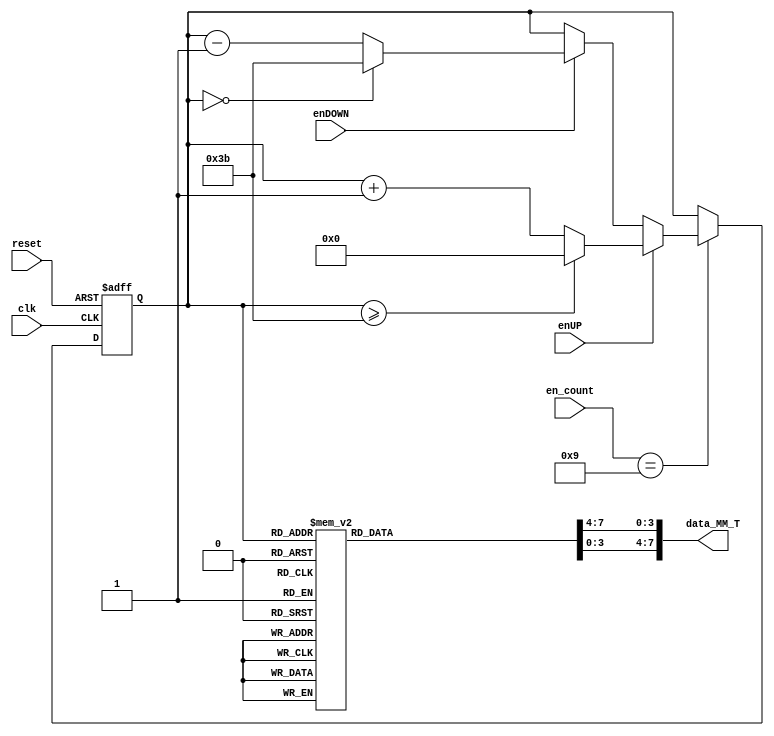
`timescale 1ns / 1ps
//////////////////////////////////////////////////////////////////////////////////
// Company: 
// 
// Design Name: 
// Module Name:    contador_AD_MM_T_2dig 
// Project Name: 
// Target Devices: 
// Tool versions: 
// Description: 
//
// Dependencies: 
//
// Revision: 
// Revision 0.01 - File Created
// Additional Comments: 
//
//////////////////////////////////////////////////////////////////////////////////
module contador_AD_MM_T_2dig
(
input wire clk,
input wire reset,
input wire [3:0] en_count,
input wire enUP,
input wire enDOWN,
output wire [7:0] data_MM_T
);
localparam N = 6; // Para definir el nmero de bits del contador (hasta 59->6 bits)
//Declaracin de seales
reg [N-1:0] q_act, q_next;
wire [N-1:0] count_data;
reg [3:0] digit1, digit0;

//Descripcin del comportamiento
always@(posedge clk, posedge reset)
begin	
	
	if(reset)
	begin
		q_act <= 6'b0;
	end
	
	else
	begin
		q_act <= q_next;
	end
end


//Lgica de salida

always@*
begin

	if (en_count == 9)
	begin
		if (enUP)
		begin
			if (q_act >= 6'd59) q_next = 6'd0;
			else q_next = q_act + 6'd1;
		end
		
		else if (enDOWN)
		begin
			if (q_act == 6'd0) q_next = 6'd59;
			else q_next = q_act - 6'd1;
		end
		else q_next = q_act;
	end
	else q_next = q_act;
	
end

assign count_data = q_act;

//Decodificacin BCD (2 dgitos)

always@*
begin
case(count_data)
6'd0: begin digit1 = 4'b0000; digit0 = 4'b0000; end
6'd1: begin digit1 = 4'b0000; digit0 = 4'b0001; end
6'd2: begin digit1 = 4'b0000; digit0 = 4'b0010; end
6'd3: begin digit1 = 4'b0000; digit0 = 4'b0011; end
6'd4: begin digit1 = 4'b0000; digit0 = 4'b0100; end
6'd5: begin digit1 = 4'b0000; digit0 = 4'b0101; end
6'd6: begin digit1 = 4'b0000; digit0 = 4'b0110; end
6'd7: begin digit1 = 4'b0000; digit0 = 4'b0111; end
6'd8: begin digit1 = 4'b0000; digit0 = 4'b1000; end
6'd9: begin digit1 = 4'b0000; digit0 = 4'b1001; end

6'd10: begin digit1 = 4'b0001; digit0 = 4'b0000; end
6'd11: begin digit1 = 4'b0001; digit0 = 4'b0001; end
6'd12: begin digit1 = 4'b0001; digit0 = 4'b0010; end
6'd13: begin digit1 = 4'b0001; digit0 = 4'b0011; end
6'd14: begin digit1 = 4'b0001; digit0 = 4'b0100; end
6'd15: begin digit1 = 4'b0001; digit0 = 4'b0101; end
6'd16: begin digit1 = 4'b0001; digit0 = 4'b0110; end
6'd17: begin digit1 = 4'b0001; digit0 = 4'b0111; end
6'd18: begin digit1 = 4'b0001; digit0 = 4'b1000; end
6'd19: begin digit1 = 4'b0001; digit0 = 4'b1001; end

6'd20: begin digit1 = 4'b0010; digit0 = 4'b0000; end
6'd21: begin digit1 = 4'b0010; digit0 = 4'b0001; end
6'd22: begin digit1 = 4'b0010; digit0 = 4'b0010; end
6'd23: begin digit1 = 4'b0010; digit0 = 4'b0011; end
6'd24: begin digit1 = 4'b0010; digit0 = 4'b0100; end
6'd25: begin digit1 = 4'b0010; digit0 = 4'b0101; end
6'd26: begin digit1 = 4'b0010; digit0 = 4'b0110; end
6'd27: begin digit1 = 4'b0010; digit0 = 4'b0111; end
6'd28: begin digit1 = 4'b0010; digit0 = 4'b1000; end
6'd29: begin digit1 = 4'b0010; digit0 = 4'b1001; end

6'd30: begin digit1 = 4'b0011; digit0 = 4'b0000; end
6'd31: begin digit1 = 4'b0011; digit0 = 4'b0001; end
6'd32: begin digit1 = 4'b0011; digit0 = 4'b0010; end
6'd33: begin digit1 = 4'b0011; digit0 = 4'b0011; end
6'd34: begin digit1 = 4'b0011; digit0 = 4'b0100; end
6'd35: begin digit1 = 4'b0011; digit0 = 4'b0101; end
6'd36: begin digit1 = 4'b0011; digit0 = 4'b0110; end
6'd37: begin digit1 = 4'b0011; digit0 = 4'b0111; end
6'd38: begin digit1 = 4'b0011; digit0 = 4'b1000; end
6'd39: begin digit1 = 4'b0011; digit0 = 4'b1001; end

6'd40: begin digit1 = 4'b0100; digit0 = 4'b0000; end
6'd41: begin digit1 = 4'b0100; digit0 = 4'b0001; end
6'd42: begin digit1 = 4'b0100; digit0 = 4'b0010; end
6'd43: begin digit1 = 4'b0100; digit0 = 4'b0011; end
6'd44: begin digit1 = 4'b0100; digit0 = 4'b0100; end
6'd45: begin digit1 = 4'b0100; digit0 = 4'b0101; end
6'd46: begin digit1 = 4'b0100; digit0 = 4'b0110; end
6'd47: begin digit1 = 4'b0100; digit0 = 4'b0111; end
6'd48: begin digit1 = 4'b0100; digit0 = 4'b1000; end
6'd49: begin digit1 = 4'b0100; digit0 = 4'b1001; end

6'd50: begin digit1 = 4'b0101; digit0 = 4'b0000; end
6'd51: begin digit1 = 4'b0101; digit0 = 4'b0001; end
6'd52: begin digit1 = 4'b0101; digit0 = 4'b0010; end
6'd53: begin digit1 = 4'b0101; digit0 = 4'b0011; end
6'd54: begin digit1 = 4'b0101; digit0 = 4'b0100; end
6'd55: begin digit1 = 4'b0101; digit0 = 4'b0101; end
6'd56: begin digit1 = 4'b0101; digit0 = 4'b0110; end
6'd57: begin digit1 = 4'b0101; digit0 = 4'b0111; end
6'd58: begin digit1 = 4'b0101; digit0 = 4'b1000; end
6'd59: begin digit1 = 4'b0101; digit0 = 4'b1001; end


default:  begin digit1 = 0; digit0 = 0; end
endcase
end

assign data_MM_T = {digit1,digit0};

endmodule